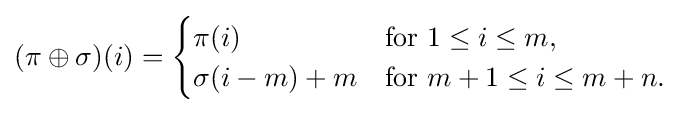
(\pi \oplus \sigma )(i)={\begin{cases}\pi (i)&{\text{for }}1\leq i\leq m,\\\sigma (i-m)+m&{\text{for }}m+1\leq i\leq m+n.\end{cases}}